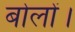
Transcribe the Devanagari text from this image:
बोलों।